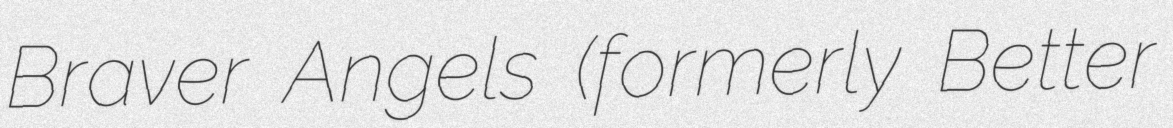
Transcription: Braver Angels (formerly Better